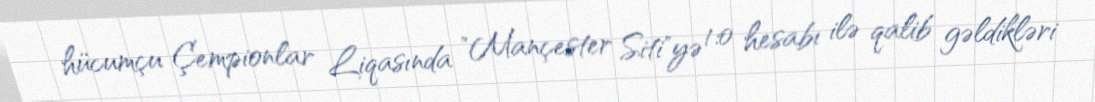
hücumçu Çempionlar Liqasında "Mançester Siti"yə 1:0 hesabı ilə qalib gəldikləri